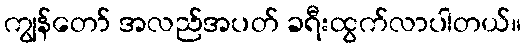
ကျွန်တော် အလည်အပတ် ခရီးထွက်လာပါတယ်။